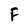
Character: F